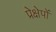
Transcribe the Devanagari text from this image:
प्रेक्षेपों